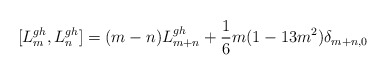
\begin{align*}[L_{m}^{gh},L_{n}^{gh}]=(m-n)L_{m+n}^{gh}+\frac{1}{6}m(1-13m^{2})\delta_{m+n,0}\end{align*}